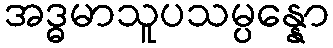
အဒ္ဓမာသူပသမ္ပန္နော